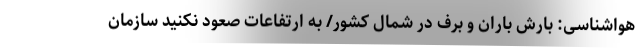
هواشناسی: بارش باران و برف در شمال کشور/ به ارتفاعات صعود نکنید سازمان